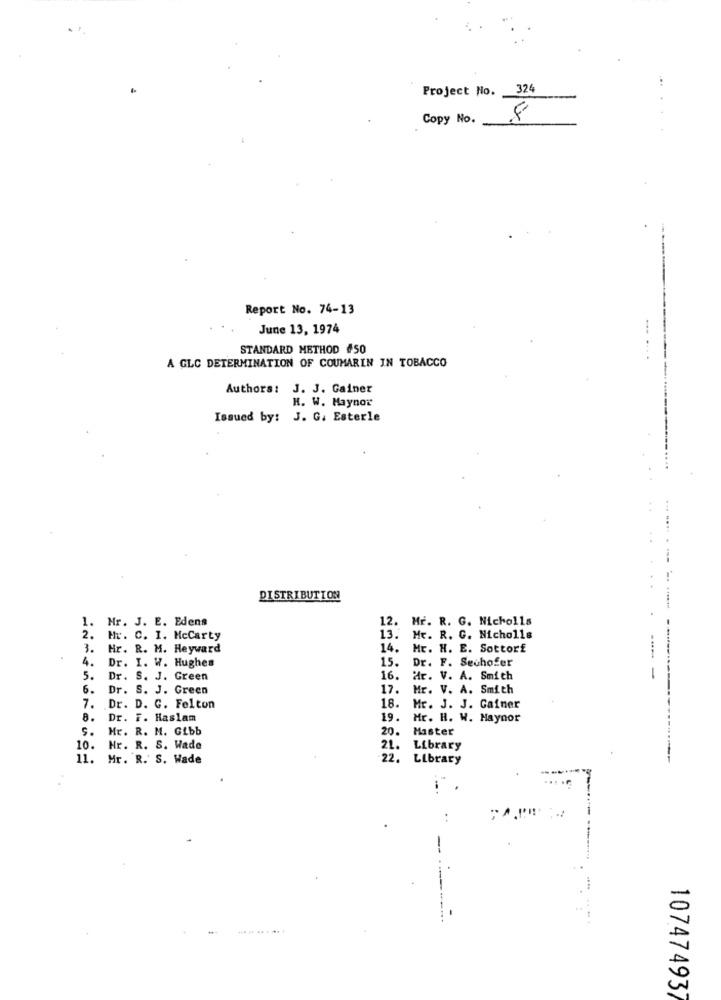
Project No. 324
Copy No.
8
Report No. 74-13
June 13, 1974
STANDARD METHOD #50
A GLC DETERMINATION OF COUMARIN IN TOBACCO
Authors: J. J. Gainer
H. W. Maynor
Issued by: J. G. Esterle
DISTRIBUTION
1.
Mr. J. E. Edens
12. Mr. R. G. Nicholls
2.
Hr. C. I. McCarty
13. Mr. R. C. Nicholls
3.
Hr. R. M. Heyward
14. Mr. H. E. Sottorf
4.
Dr. I. W. Hughes
15.
Dr. F. Seuhofer
5.
Dr. S. J. Green
16.
Hr. V. A. Smith
6.
Dr. S. J. Green
17.
Mr. V. A. Smith
------ ----------
7.
18.
Dr. D. C. Felton
Mr. J. J. Gainer
8.
Dr. F. Haslam
19.
Mr. H. W. Haynor
S.
Mr. R. M. Gibb
20.
Master
10.
Hr. R. S. Wade
21.
Library
11. Mr. R.' S. Wade
22.
Library
107474937